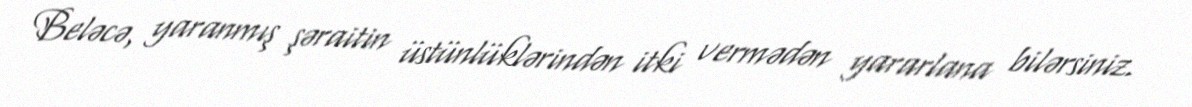
Beləcə, yaranmış şəraitin üstünlüklərindən itki vermədən yararlana bilərsiniz.